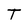
Character: T